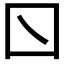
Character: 𡆡